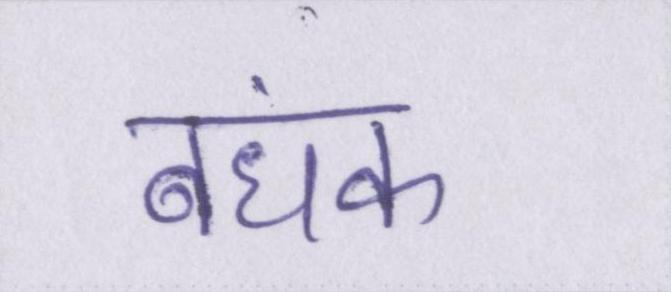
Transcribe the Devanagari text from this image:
बंधक